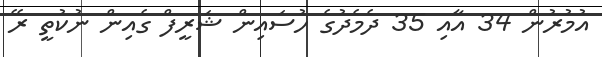
އުމުރުން 34 އާއި 35 ދެމެދުގެ ހުސައިން ޝަރީފް ގެއިން ނުކުތީ ރޭ